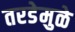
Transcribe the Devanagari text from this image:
तरडेमुळे